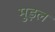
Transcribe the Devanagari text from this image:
मुड़ल